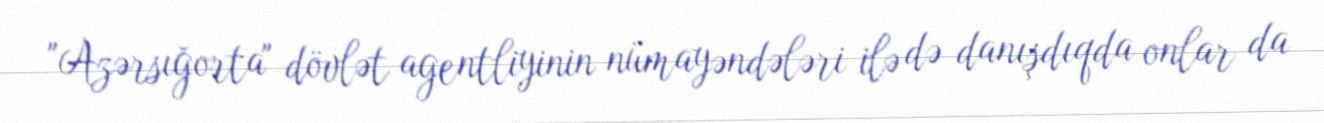
"Azərsığorta" dövlət agentliyinin nümayəndələri ilə də danışdıqda onlar da